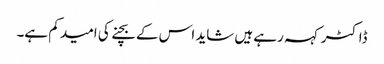
ڈاکٹر کہہ رہے ہیں شاید اس کے بچنے کی امید کم ہے۔